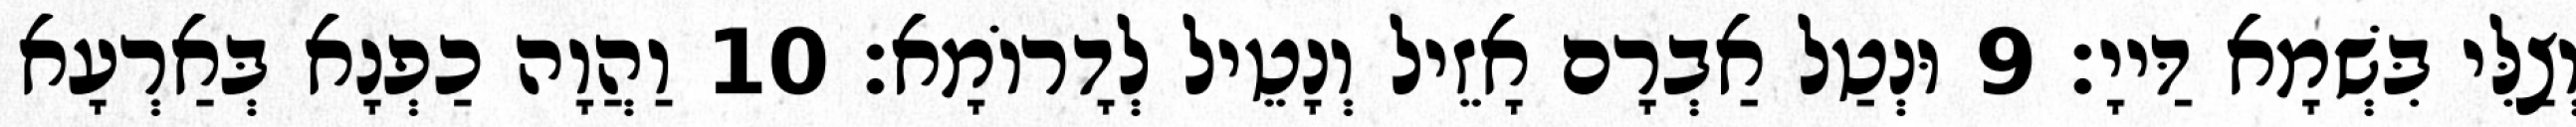
וְצַלִּי בִּשְׁמָא דַּייָ׃ 9 וּנְטַל אַבְרָם אָזֵיל וְנָטֵיל לְדָרוֹמָא׃ 10 וַהֲוָה כַפְנָא בְּאַרְעָא